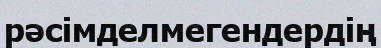
рәсімделмегендердің